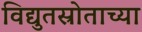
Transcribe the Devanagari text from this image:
विद्युतस्रोताच्या